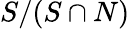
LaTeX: S/(S\cap N)